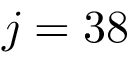
j = 3 8